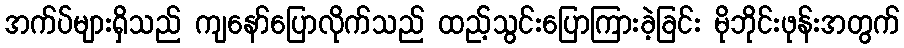
အက်ပ်များရှိသည် ကျနော်ပြောလိုက်သည် ထည့်သွင်းပြောကြားခဲ့ခြင်း မိုဘိုင်းဖုန်းအတွက်